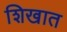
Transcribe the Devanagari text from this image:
शिखात